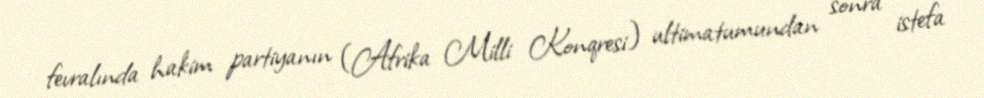
fevralında hakim partiyanın (Afrika Milli Konqresi) ultimatumundan sonra istefa